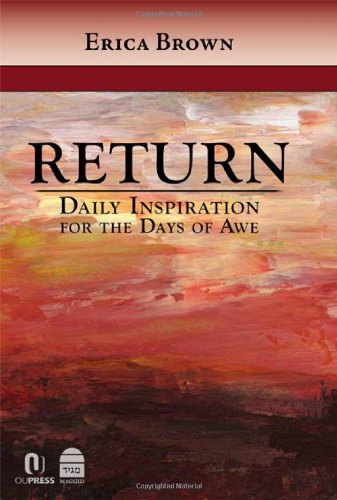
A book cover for Return: Daily Inspiration for the Days of Awe; Erica Brown; Religion & Spirituality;